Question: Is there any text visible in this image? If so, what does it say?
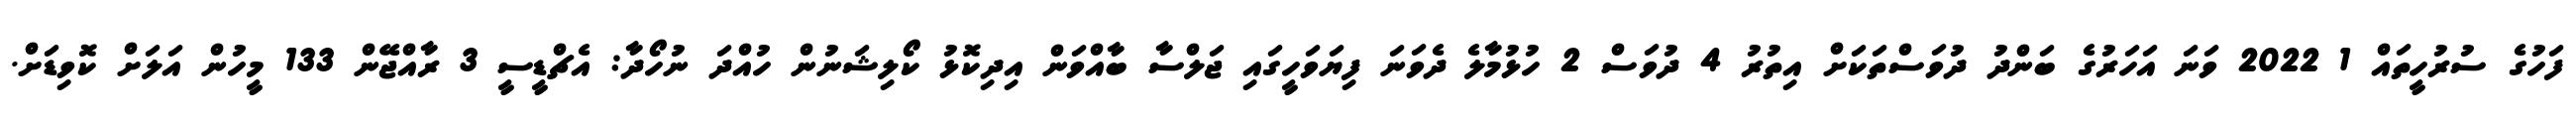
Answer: ފަހުގެ ސުރުހީތައް 1 2022 ވަނަ އަހަރުގެ ބަންދު ދުވަސްތަކަށް އިތުރު 4 ދުވަސް 2 ހުޅުމާލެ ދެވަނަ ފިޔަވަހީގައި ޖަލްސާ ބާއްވަން އިދިކޮޅު ކޯލިޝަނުން ހުއްދަ ނުހޯދާ: އެޗްޑީސީ 3 ރާއްޖޭން 133 މީހުން އަލަށް ކޮވިޑަށް.